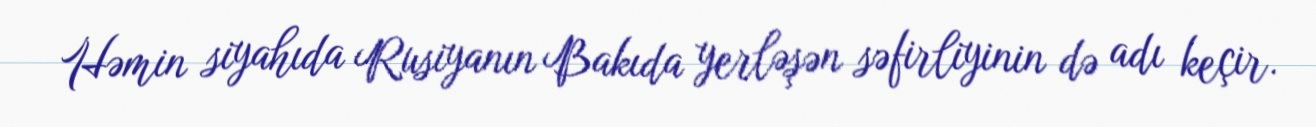
Həmin siyahıda Rusiyanın Bakıda yerləşən səfirliyinin də adı keçir.